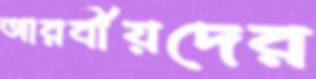
আরবীয়দের